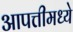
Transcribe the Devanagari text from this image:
आपत्तीमध्ये